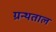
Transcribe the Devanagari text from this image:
ग्रन्थताल